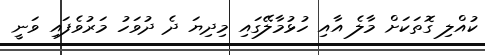
ކުއްލި ގޮތަކަށް މާލެ އާއި ހުޅުމާލޭގައި މިދިޔަ ދެ ދުވަހު މަރުވެފައި ވަނީ